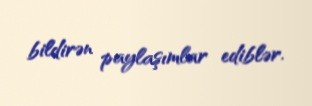
bildirən paylaşımlar ediblər.